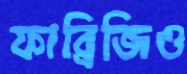
ফাব্রিজিও